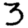
Digit: 3